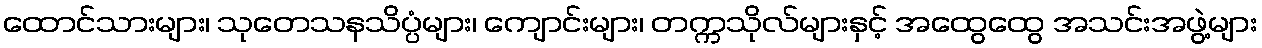
ထောင်သားများ၊ သုတေသနသိပ္ပံများ၊ ကျောင်းများ၊ တက္ကသိုလ်များနှင့် အထွေထွေ အသင်းအဖွဲ့များ